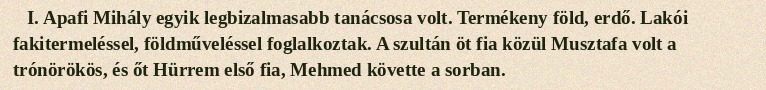
I. Apafi Mihály egyik legbizalmasabb tanácsosa volt. Termékeny föld, erdő. Lakói fakitermeléssel, földműveléssel foglalkoztak. A szultán öt fia közül Musztafa volt a trónörökös, és őt Hürrem első fia, Mehmed követte a sorban.